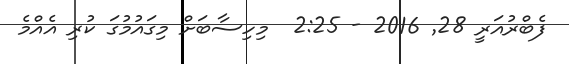
ފެބްރުއަރީ 28